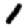
Digit: 1